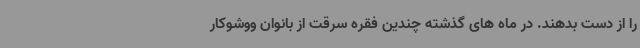
را از دست بدهند. در ماه های گذشته چندین فقره سرقت از بانوان ووشوکار